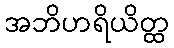
အဘိဟရိယိတ္ထ